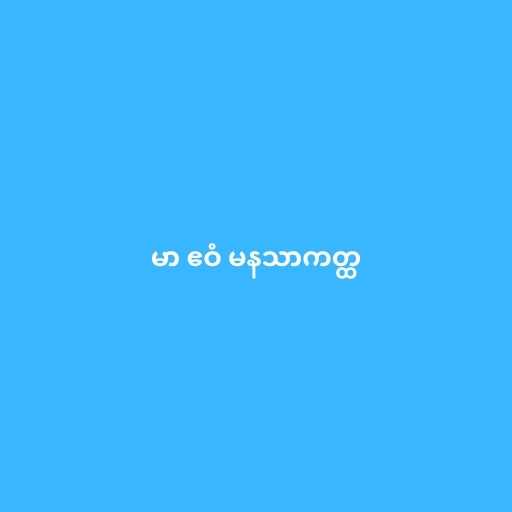
မာ ဧဝံ မနသာကတ္ထ